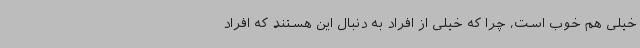
خیلی هم خوب است، چرا که خیلی از افراد به دنبال این هستند که افراد